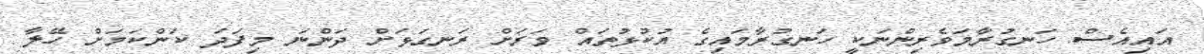
އައިއެސް ހަނގުރާމަވެރިންނަކީ ހަނގުރާމައިގެ އުކުޅުތައް ވަރަށް ރަނގަޅަށް ދަންނަ މިފަދަ ކަންކަމަށް ހޭލާ